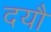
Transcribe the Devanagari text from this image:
दयौ